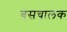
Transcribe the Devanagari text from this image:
बसचालक